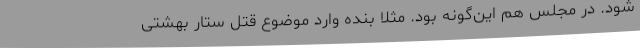
شود. در مجلس هم این‌گونه بود. مثلاً بنده وارد موضوع قتل ستار بهشتی